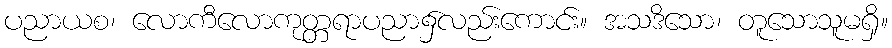
ပညာယစ၊ လောကီလောကုတ္တရာပညာ၌လည်းကောင်း။ အသဒိသော၊ တူသောသူမရှိ။